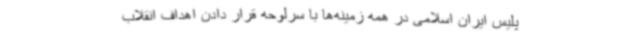
پلیس ایران اسلامی در همه زمینه‌ها با سرلوحه قرار دادن اهداف انقلاب